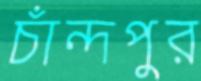
চাঁন্দপুর